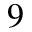
^ { 9 }